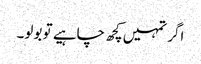
اگر تمہیں کچھ چاہیے تو بولو۔